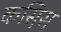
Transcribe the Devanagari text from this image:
कस़िस़